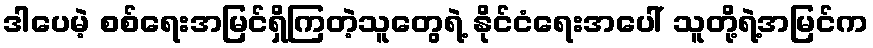
ဒါပေမဲ့ စစ်ရေးအမြင်ရှိကြတဲ့သူတွေရဲ့ နိုင်ငံရေးအပေါ် သူတို့ရဲ့အမြင်က